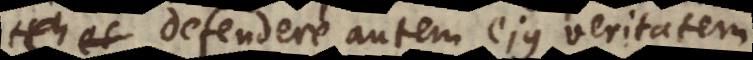
defendere autem ejus veritatem